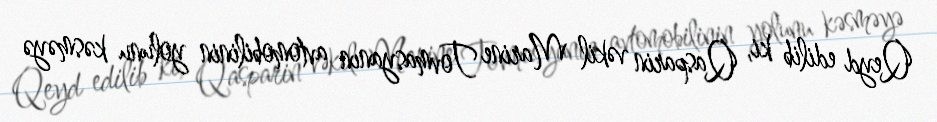
Qeyd edilib ki, Qasparin vəkil Marine Tovmasyanın avtomobilinin yolunu kəsməyə